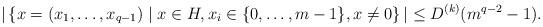
LaTeX: \begin{align*}|\left\{x=(x_1,\ldots, x_{q-1}) \mid x \in H, x_i\in \{0,\ldots, m-1\}, x\neq 0\right\}|\leq D^{(k)} (m^{q-2}-1).\end{align*}